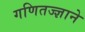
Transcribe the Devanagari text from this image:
गणितज्ज्ञाने